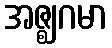
အဇ္ဈဂမာ